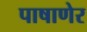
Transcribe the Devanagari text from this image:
पाषाणेर